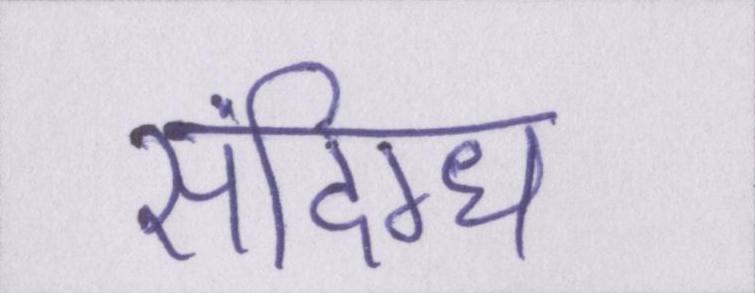
संदिग्ध